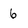
Character: 6